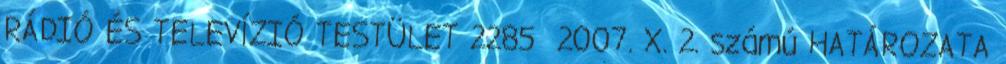
RÁDIÓ ÉS TELEVÍZIÓ TESTÜLET 2285 2007. X. 2. számú HATÁROZATA